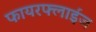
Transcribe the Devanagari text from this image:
फायरफ्लाईज